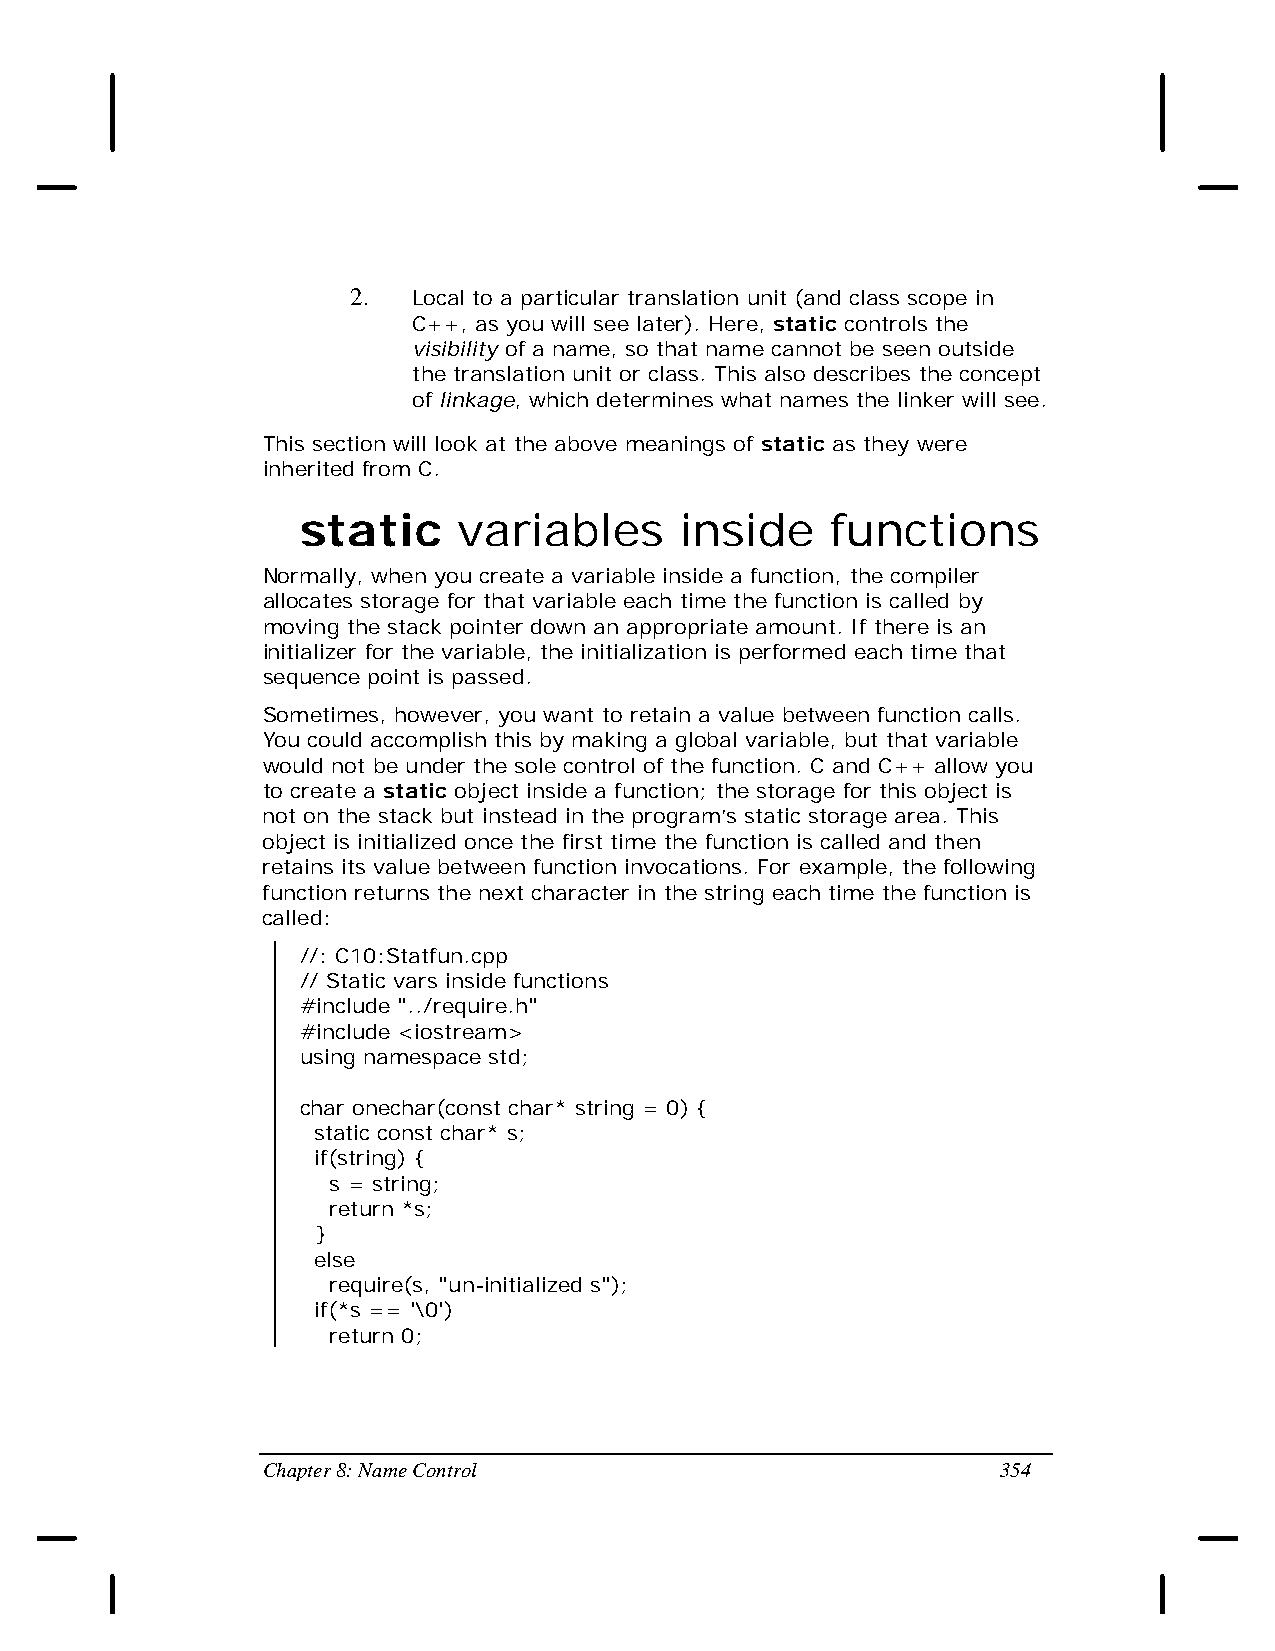
2.  Local to a particular translation unit (and class scope in
 C++, as you will see later). Here, static controls the
 visibility of a name, so that name cannot be seen outside
 the translation unit or class. This also describes the concept
 of linkage, which determines what names the linker will see.
 This section will look at the above meanings of static as they were
 inherited from C.
 static    variables      inside    functions
 Normally, when you create a variable inside a function, the compiler
 allocates storage for that variable each time the function is called by
 moving the stack pointer down an appropriate amount. If there is an
 initializer for the variable, the initialization is performed each time that
 sequence point is passed.
 Sometimes, however, you want to retain a value between function calls.
 You could accomplish this by making a global variable, but that variable
 would not be under the sole control of the function. C and C++ allow you
 to create a static object inside a function; the storage for this object is
 not on the stack but instead in the program’s static storage area. This
 object is initialized once the first time the function is called and then
 retains its value between function invocations. For example, the following
 function returns the next character in the string each time the function is
 called:
 //: C10:Statfun.cpp
 // Static vars inside functions
 #include "../require.h"
 #include <iostream>
 using namespace std;
 char onechar(const char* string = 0) {
 static const char* s;
 if(string) {
 s = string;
 return *s;
 }
 else
 require(s, "un-initialized s");
 if(*s == '\0')
 return 0;
 Chapter 8: Name Control                          354